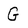
Character: G